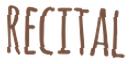
RECITAL